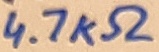
Text: 4.7KΩ